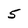
Character: 5